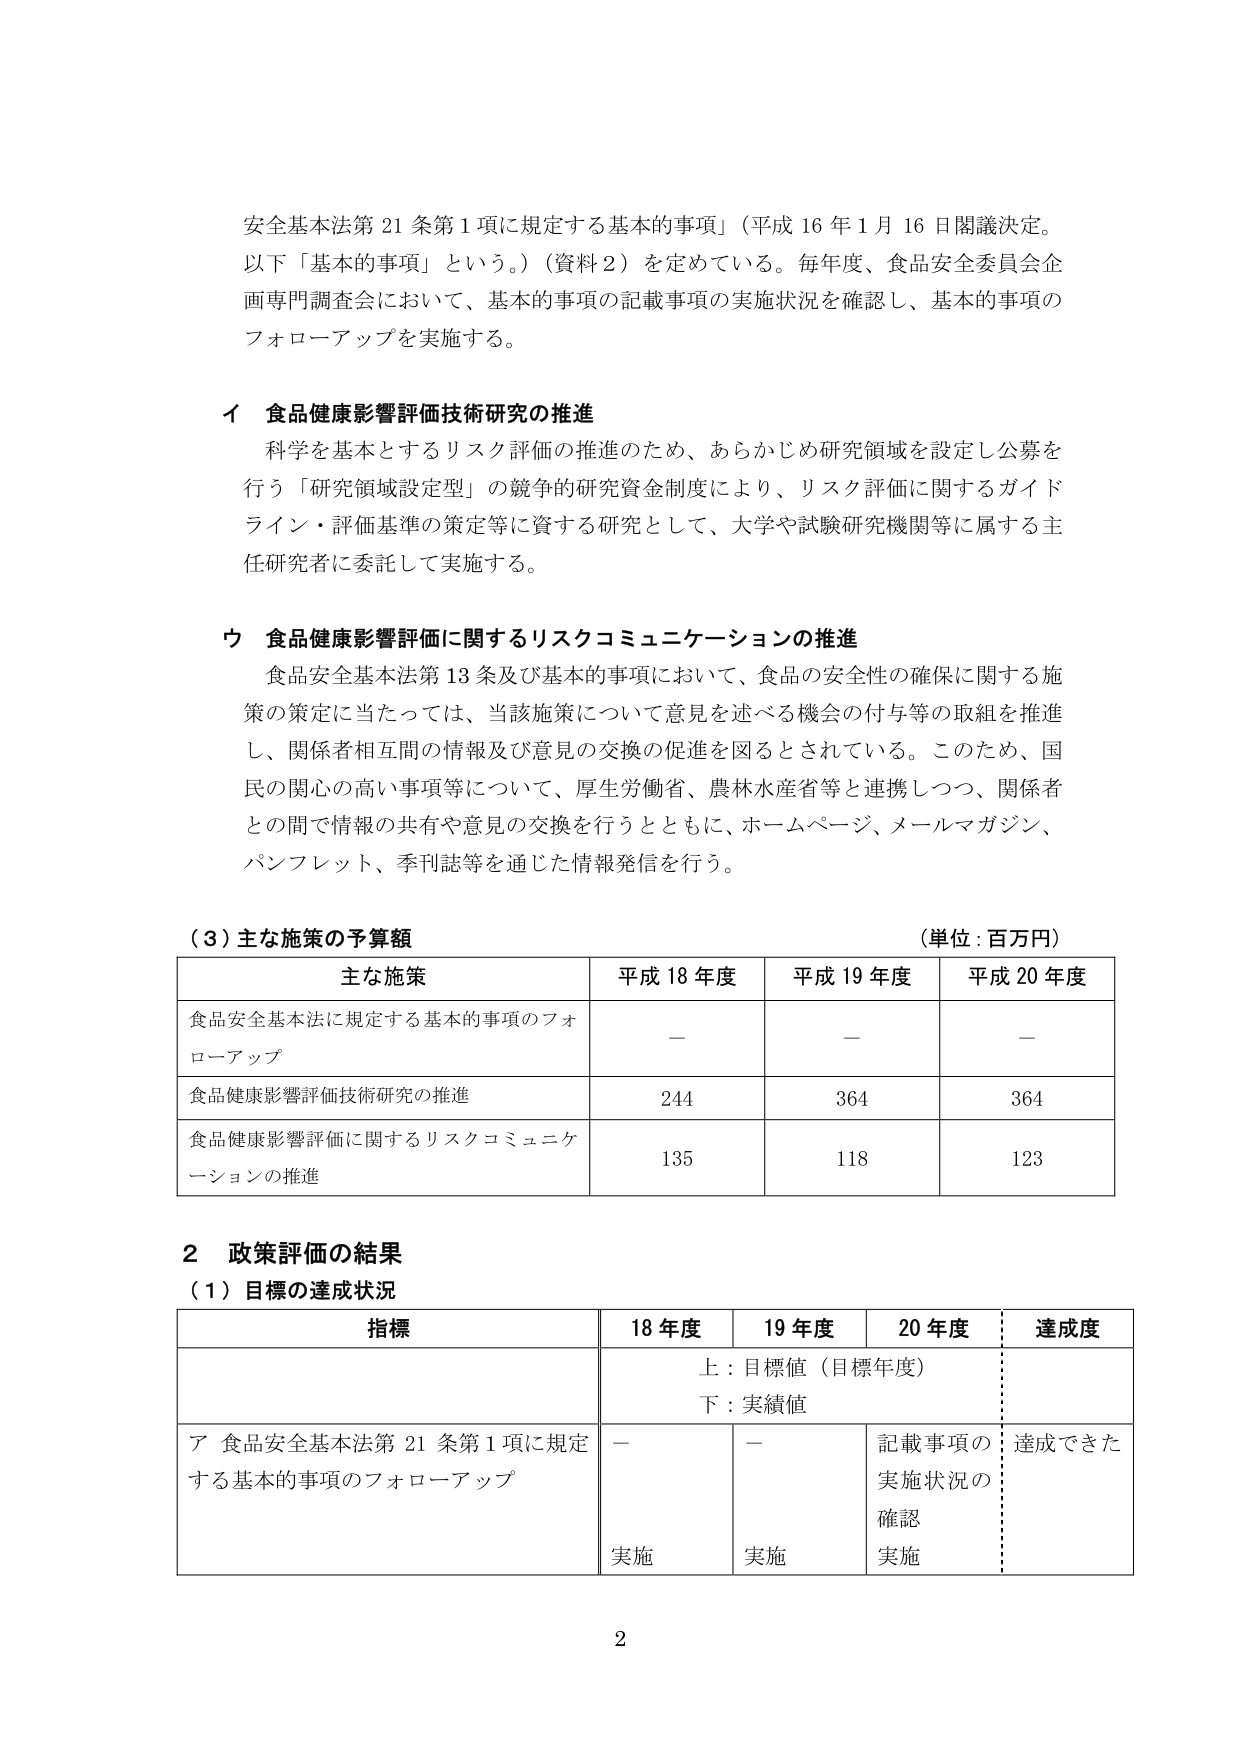
安全基本法第21条第1項に規定する基本的事項」（平成16年1月16日閣議決定。以下「基本的事項」という。）（資料2）を定めている。毎年度、食品安全委員会企画専門調査会において、基本的事項の記載事項の実施状況を確認し、基本的事項のフォローアップを実施する。

イ 食品健康影響評価技術研究の推進
科学を基本とするリスク評価の推進のため、あらかじめ研究領域を設定し公募を行う「研究領域設定型」の競争的研究資金制度により、リスク評価に関するガイドライン・評価基準の策定等に資する研究として、大学や試験研究機関等に属する主任研究者に委託して実施する。

ウ 食品健康影響評価に関するリスクコミュニケーションの推進
食品安全基本法第13条及び基本的事項において、食品の安全性の確保に関する施策の策定に当たっては、当該施策について意見を述べる機会の付与等の取組を推進し、関係者相互間の情報及び意見の交換の促進を図るとされている。このため、国民の関心の高い事項等について、厚生労働省、農林水産省等と連携しつつ、関係者との間で情報の共有や意見の交換を行うとともに、ホームページ、メールマガジン、パンフレット、季刊誌等を通じた情報発信を行う。

（3）主な施策の予算額 （単位：百万円）
主な施策 平成18年度 平成19年度 平成20年度
食品安全基本法に規定する基本的事項のフォローアップ － － －
食品健康影響評価技術研究の推進 244 364 364
食品健康影響評価に関するリスクコミュニケーションの推進 135 118 123

2 政策評価の結果
（1）目標の達成状況
指標 18年度 19年度 20年度 達成度
上：目標値（目標年度）
下：実績値
ア 食品安全基本法第21条第1項に規定する基本的事項のフォローアップ － － 記載事項の実施状況の確認 実施 達成できた
実施 実施

2